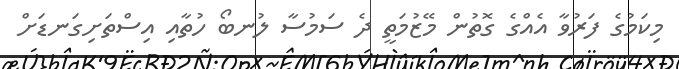
މިކަމުގެ ފަރުވާ އެއްގެ ގޮތުން މޭޒުމަތީ ދެ ސަމުސާ ލުނބޯ ހުތާއި އިސްތަށިގަނޑަށް